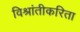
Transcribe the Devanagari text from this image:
विश्रांतीकरिता